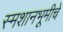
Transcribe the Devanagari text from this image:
स्मशानभूमीचे